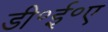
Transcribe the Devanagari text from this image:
डी॰ई॰ए